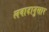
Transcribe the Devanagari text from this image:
लवादानुसार